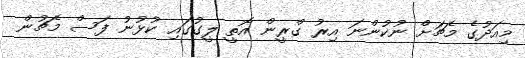
މިއަދުގެ މެޗަށް ނުކުންނަ އިރު ގްރީން އޮތީ ލީގުގައި ކުޅުނު ފަސް މެޗުން